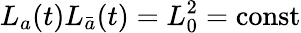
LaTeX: L_{a}(t)L_{\bar{a}}(t)=L_{0}^{2}=\textrm{const}